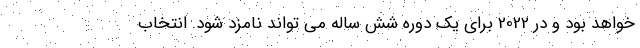
خواهد بود و در 2022 برای یک دوره شش ساله می تواند نامزد شود. انتخاب